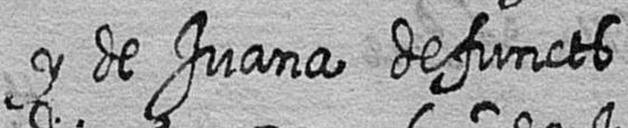
y de Juana defuncts